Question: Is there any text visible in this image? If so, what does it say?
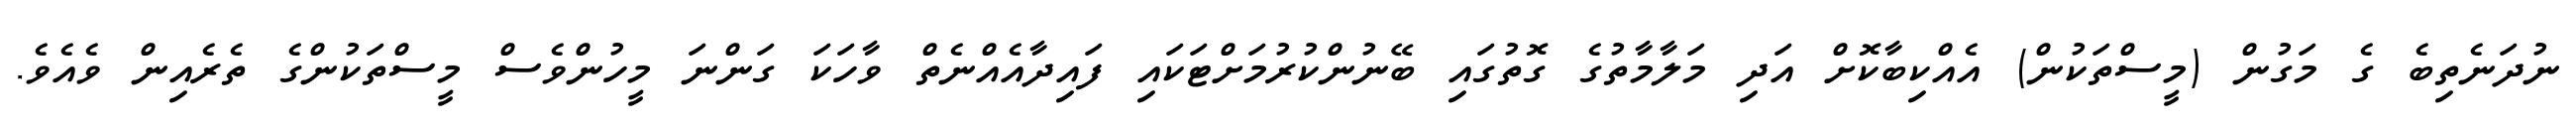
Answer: ނުދަނެތިބެ ގެ މަގުން (މީސްތަކުން) އެއްކިބާކޮށް އަދި މަލާމާތުގެ ގޮތުގައި ބޭނުންކުރުމަށްޓަކައި ފައިދާއެއްނެތް ވާހަކަ ގަންނަ މީހުންވެސް މީސްތަކުންގެ ތެރެއިން ވެއެވެ.